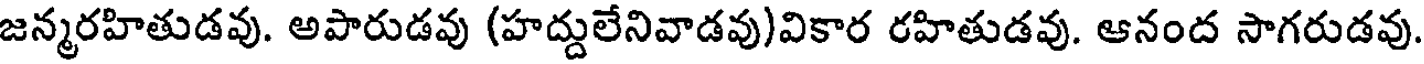
జన్మరహితుడవు. అపారుడవు (హద్దులేనివాడవు)వికార రహితుడవు. ఆనంద సాగరుడవు